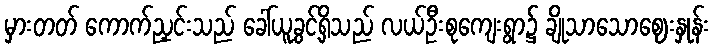
မှားတတ် ကောက်ညှင်းသည် ခေါ်ယူခွင့်ရှိသည် လယ်ဦးစုကျေးရွာ၌ ချိုသာသောဈေးနှုန်း